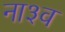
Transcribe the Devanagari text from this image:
ना३व